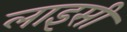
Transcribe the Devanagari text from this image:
लाइसी